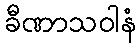
ခီဏာသဝါနံ